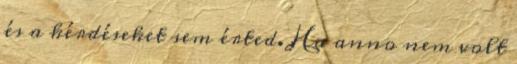
és a kérdéseket sem érted. Ha anno nem volt